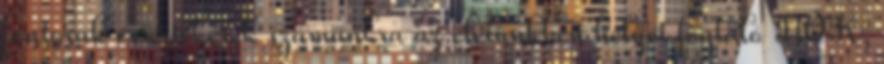
fontosak és értékesek számunkra az életünkben helyet foglaló NŐK,